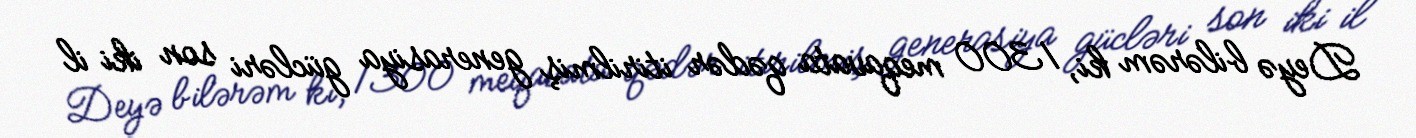
Deyə bilərəm ki, 1300 meqavata qədər itirilmiş generasiya gücləri son iki il